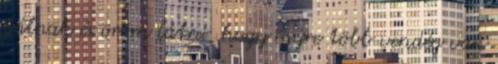
bálnak és öröm látni, hogy egyre több vendég van